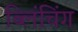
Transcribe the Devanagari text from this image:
ब्लिंचिंग